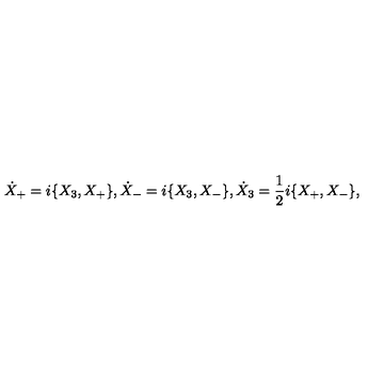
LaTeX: \dot { X } _ { + } = i \{ X _ { 3 } , X _ { + } \} , \dot { X } _ { - } = i \{ X _ { 3 } , X _ { - } \} , \dot { X } _ { 3 } = \frac { 1 } { 2 } i \{ X _ { + } , X _ { - } \} ,